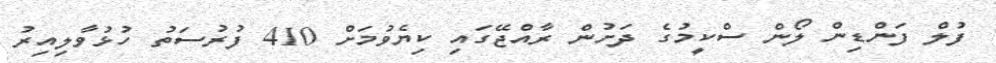
ފުލް ފަންޑިން ލޯން ސްކީމުގެ ދަށުން ރާއްޖޭގައި ކިޔެވުމަށް 410 ފުރުސަތު ހުޅުވާލިއިރު